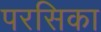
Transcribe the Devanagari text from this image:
परसिका